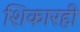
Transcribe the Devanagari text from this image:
शिकारही